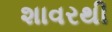
શાવરથી